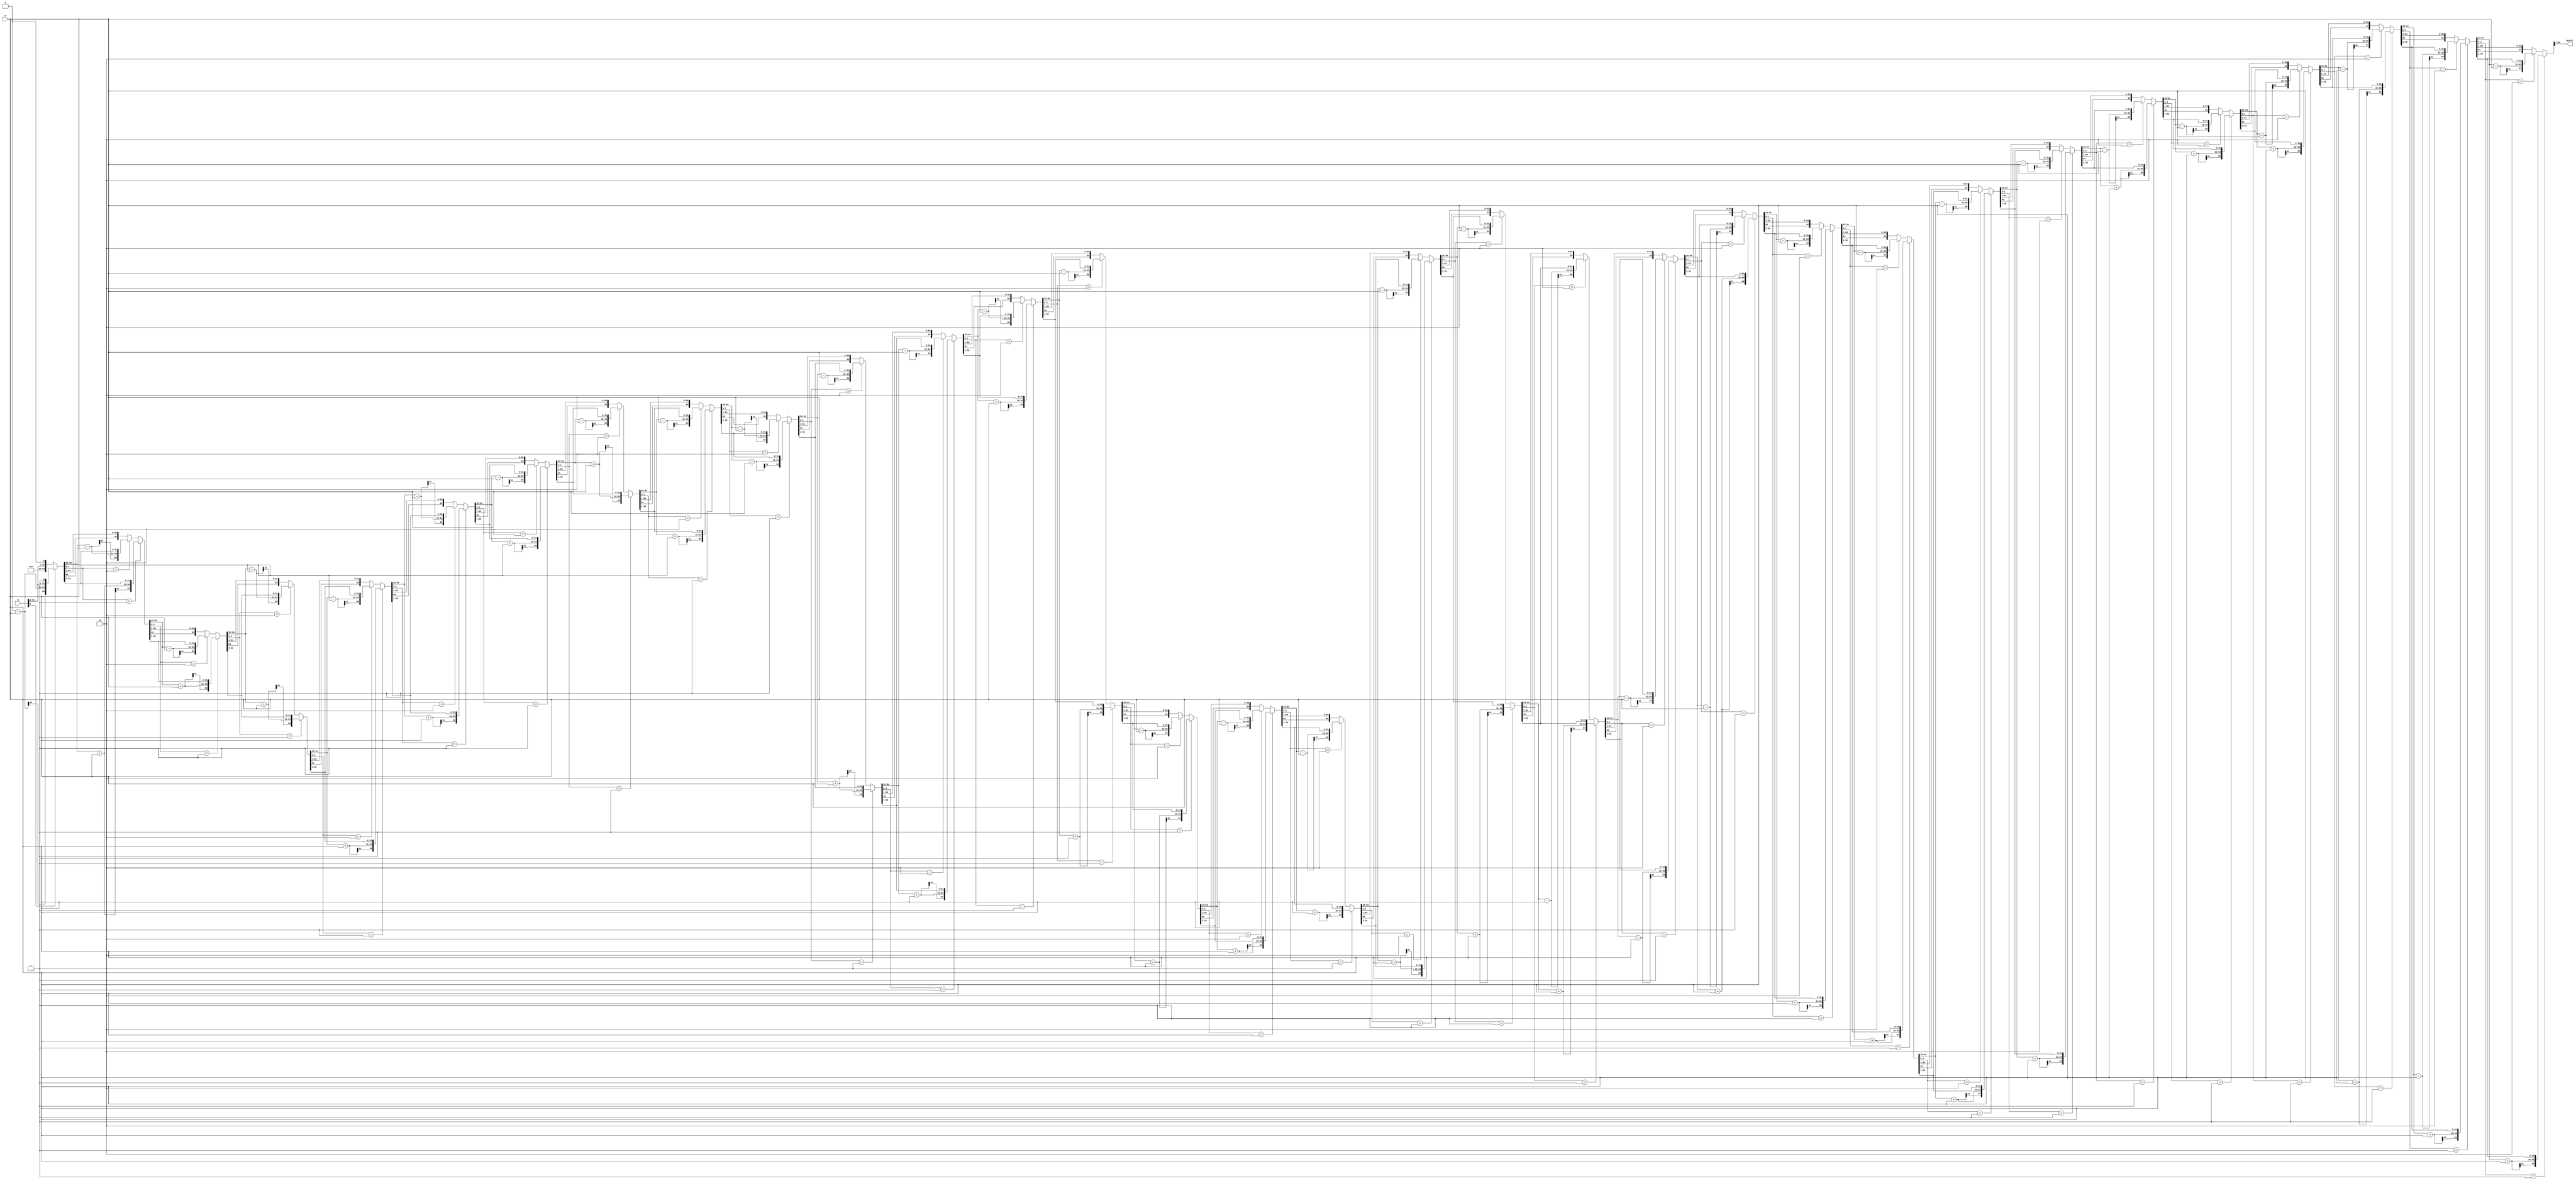
module boothmultiplier (input [31:0] m, input [31:0] q, output [63:0] result);
integer i;

reg signed [64:0]res=0;
assign result = res[64:1];

always @(m or q) begin
res = {32'b0,q,1'b0};
for(i = 0; i < 32; i = i + 1) begin

if(res[1:0] == 2'b01)begin
res[64:33] = res[64:33] + m;
res = res >>> 1;
end
else if(res[1:0] == 2'b10) begin
res[64:33] = res[64:33] - m;
res = res >>> 1;
end
else begin
res = res >>> 1;
end



end

end
endmodule